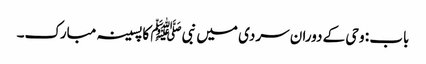
باب : وحی کے دوران سردی میں نبیﷺ کا پسینہ مبارک۔